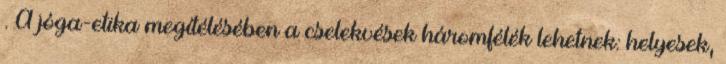
. A jóga-etika megítélésében a cselekvések háromfélék lehetnek: helyesek,